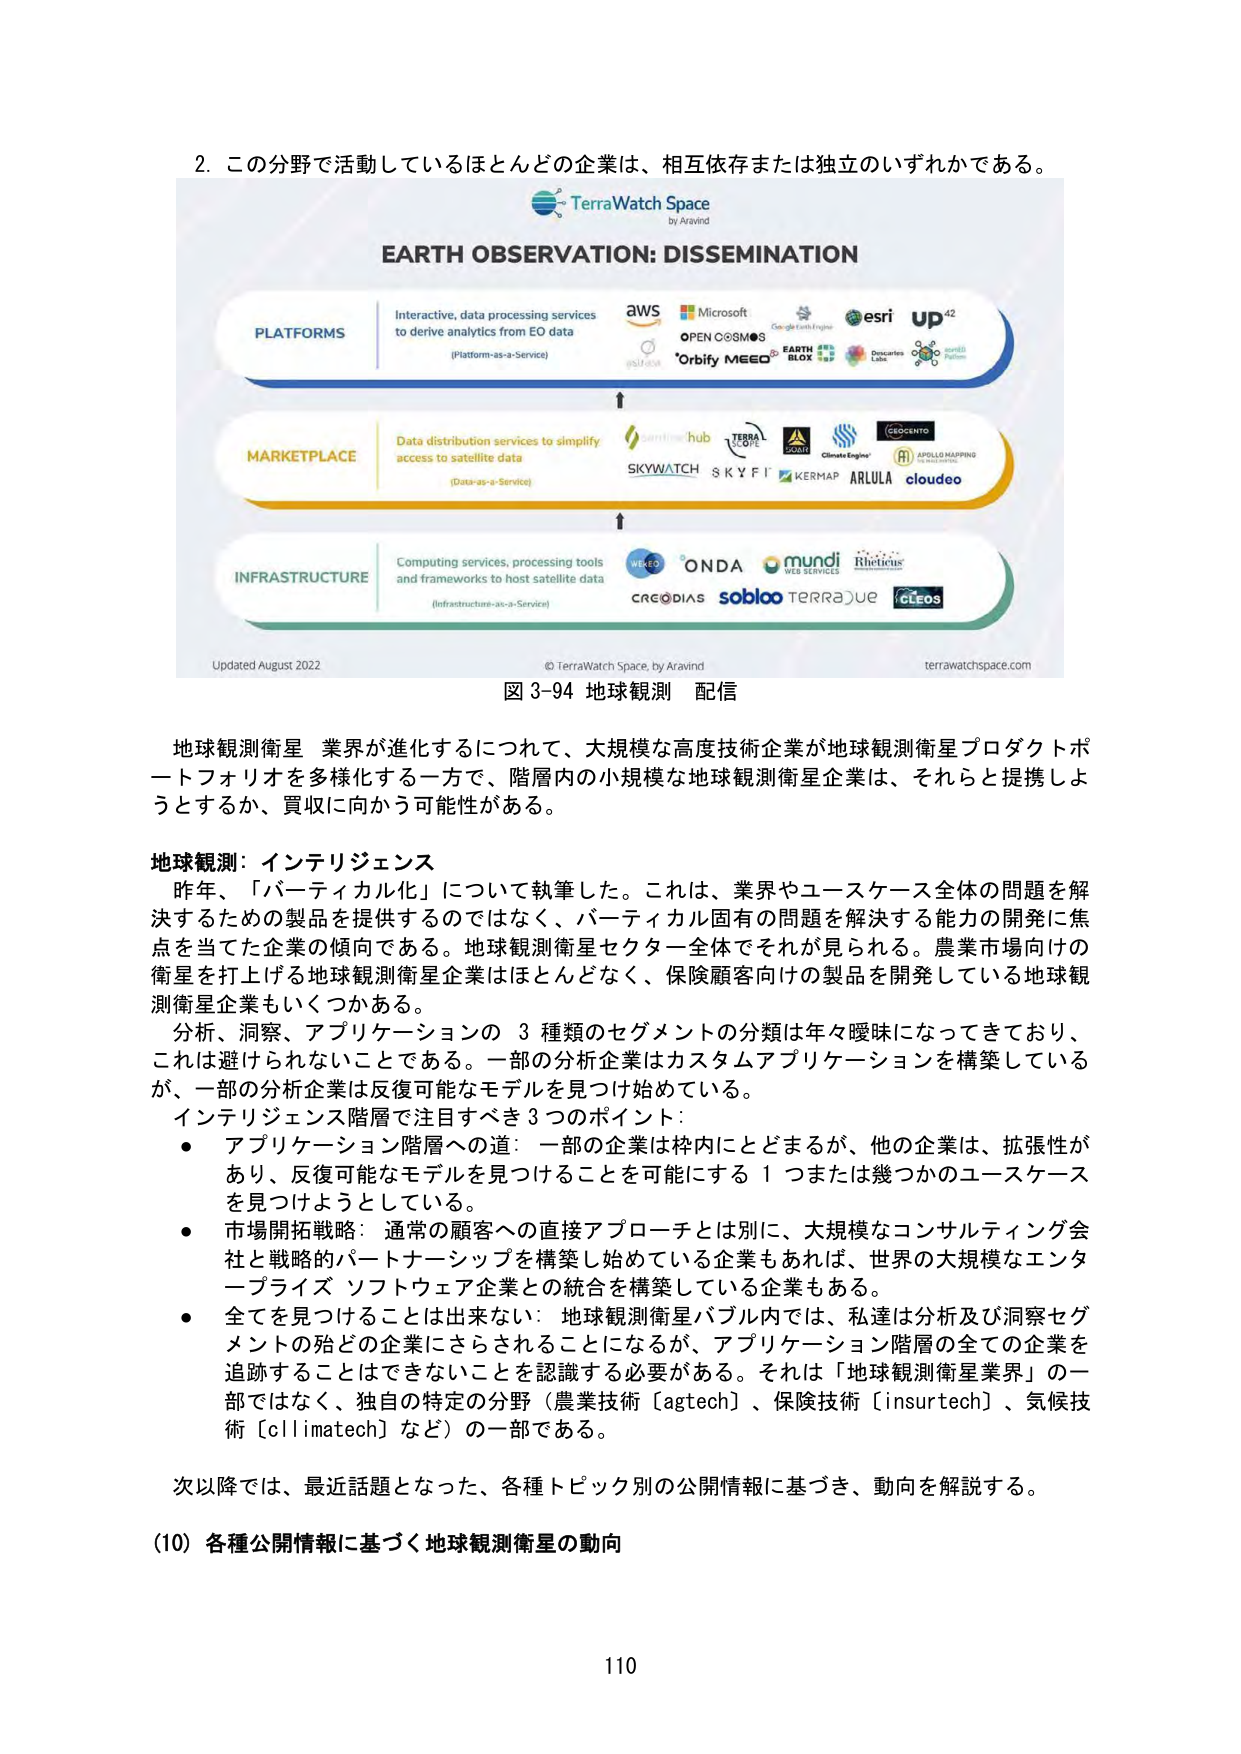
2. この分野で活動しているほとんどの企業は、相互依存または独立のいずれかである。

TerraWatch Space
by Aravind

EARTH OBSERVATION: DISSEMINATION

PLATFORMS
Interactive, data processing services
to derive analytics from EO data
(Platform-as-a-Service)

aws
Microsoft
Google Earth Engine
esri
up⁴²
OPEN COSMOS
Orbify MEO
EARTH BLOX
Descartes Labs
world
satellite
platform

MARKETPLACE
Data distribution services to simplify
access to satellite data
(Data-as-a-Service)

sentinelhub
TERRA
CLOVE
DORIT
Climate Engine
GEOCENTO
SKYWATCH
SKYFI
KERMAP
ARLULA
cloudgeo
APOLLO MAPPING
& ANALYTICS

INFRASTRUCTURE
Computing services, processing tools
and frameworks to host satellite data
(Infrastructure-as-a-Service)

WEEO
ONDA
mundi
web services
Rheticus
CREODIAS
sobloo
TERRA JUE
CLEOS

Updated August 2022
© TerraWatch Space, by Aravind
terrawatchspace.com

図 3-94 地球観測 配信

地球観測衛星 業界が進化するにつれて、大規模な高度技術企業が地球観測衛星プロダクトポートフォリオを多様化する一方で、階層内の小規模な地球観測衛星企業は、それらと提携しようとするか、買収に向かう可能性がある。

地球観測：インテリジェンス
昨年、「バーティカル化」について執筆した。これは、業界やユースケース全体の問題を解決するための製品を提供するのではなく、バーティカル固有の問題を解決する能力の開発に焦点を当てた企業の傾向である。地球観測衛星セクター全体でそれが見られる。農業市場向けの衛星を打上げる地球観測衛星企業はほとんどなく、保険顧客向けの製品を開発している地球観測衛星企業もいくつかある。
分析、洞察、アプリケーションの 3 種類のセグメントの分類は年々曖昧になってきており、これは避けられないことである。一部の分析企業はカスタムアプリケーションを構築しているが、一部の分析企業は反復可能なモデルを見つけ始めている。
インテリジェンス階層で注目すべき 3 つのポイント：
・ アプリケーション階層への道： 一部の企業は枠内にとどまるが、他の企業は、拡張性があり、反復可能なモデルを見つけることを可能にする 1 つまたは幾つかのユースケースを見つけようとしている。
・ 市場開拓戦略： 通常の顧客への直接アプローチとは別に、大規模なコンサルティング会社と戦略的パートナーシップを構築し始めている企業もあれば、世界の大規模なエンタープライズ ソフトウェア企業との統合を構築している企業もある。
・ 全てを見つけることは出来ない： 地球観測衛星バブル内では、私達は分析及び洞察セグメントの殆どの企業にさらされることになるが、アプリケーション階層の全ての企業を追跡することはできないことを認識する必要がある。それは「地球観測衛星業界」の一部ではなく、独自の特定の分野（農業技術［agtech］、保険技術［insurtech］、気候技術［climtech］など）の一部である。

次以降では、最近話題となった、各種トピック別の公開情報に基づき、動向を解説する。

(10) 各種公開情報に基づく地球観測衛星の動向

110